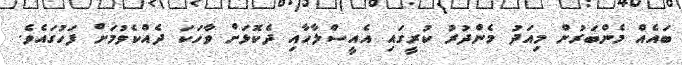
ބައެއް މެންބަރުން މިއަދު މެންދުރު ކުރީގައި އެއީސްލާހާއި ދެކޮޅަށް ވާހަކަ ދެއްކެވުމަށް ފަހުގައެވެ.